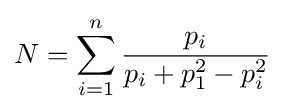
N=\sum _{i=1}^{n}{\frac {p_{i}}{p_{i}+p_{1}^{2}-p_{i}^{2}}}